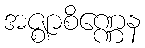
အဇ္ဈာစိဏ္ဏေန